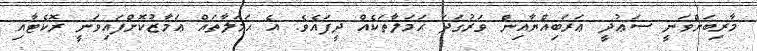
މާރިބަށްވަނީ ސަޢުދީ ޢަރަބިއްޔާއިން ވަރުގަދަ ޙަމަލާތަކެއް ދީފައެވެ. އެ ޙަމަލާތައް ޢަމާޒުކޮށްފައިވަނީ ރޮކެޓާއި